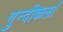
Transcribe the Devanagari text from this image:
गुन्दीकलाँ